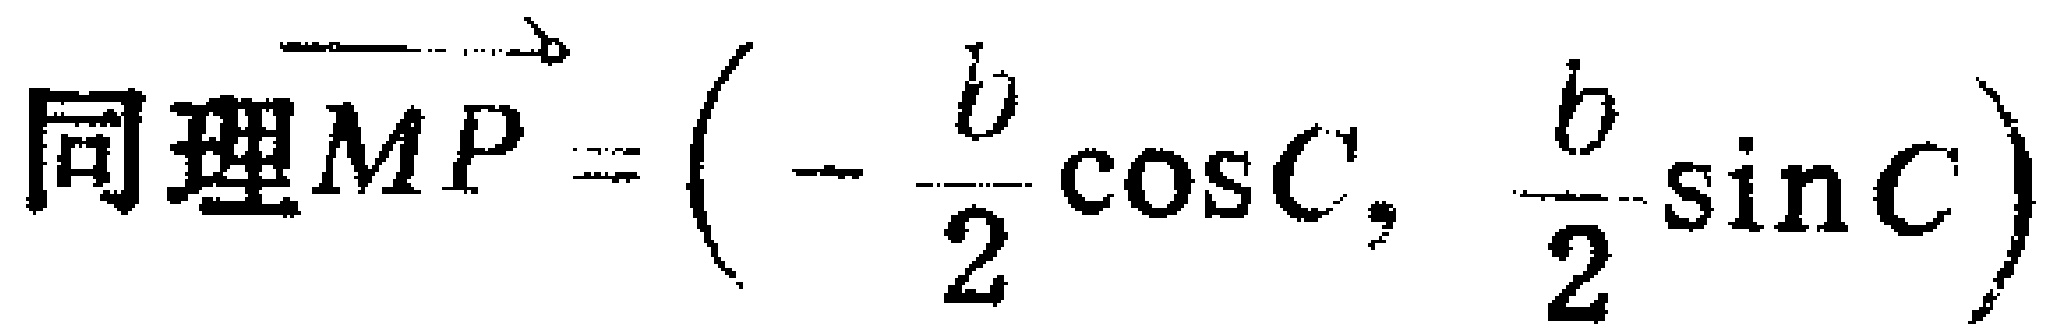
同理\(\overrightarrow{MP} = \left(-\frac{b}{2}\cos C, \frac{b}{2}\sin C\right)\)